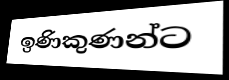
ඉණිකුණන්ට